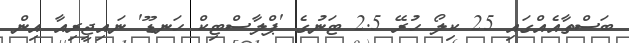
ބަސްތާއެއްގައި 25 ކިލޯ ހުރޭ 2.5 ޓަނުގެ 'ޕްލާސްޓިކް ހަނޑޫ' ނައިޖީރިއާ އިން